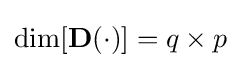
\dim[\mathbf {D} (\cdot )]=q\times p